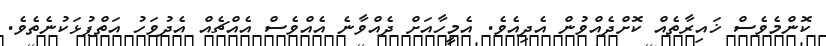
ކޮންމެވެސް ޚައިރާތެއް ކޮށްދެއްވުން އެދިއެވެ. އެމީހާއަށް ދެއްވާނެ އެއްވެސް އެއްޗެއް އެދުވަހު އަތްޕުޅަކުނެތެވެ.